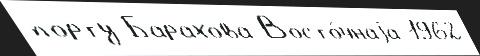
порту Барахова Восто́чнаjа 1962